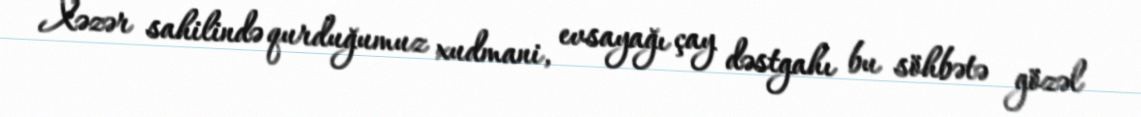
Xəzər sahilində qurduğumuz xudmani, evsayağı çay dəstgahı bu söhbətə gözəl